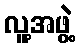
လူ့အဖွဲ့